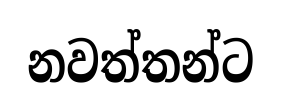
නවත්තන්ට